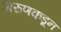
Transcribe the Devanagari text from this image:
अरुणकडून